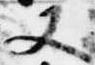
又